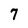
Character: 7